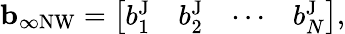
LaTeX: \begin{array}{r}{\mathbf{b}_{\infty\mathrm{NW}}=\left[\begin{array}{llll}{b_{1}^{\mathrm{J}}}&{b_{2}^{\mathrm{J}}}&{\cdots}&{b_{N}^{\mathrm{J}}}\end{array}\right],}\end{array}